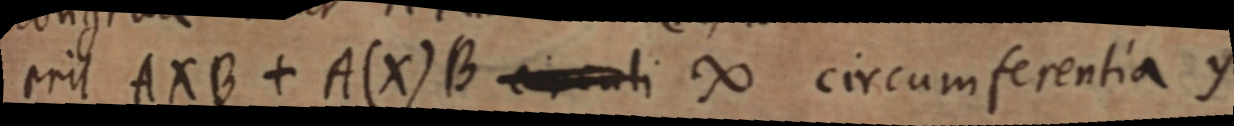
erit AXB + A(X)B circuli ∞ circumferentia y